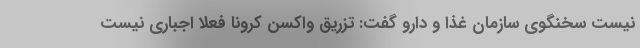
نیست سخنگوی سازمان غذا و دارو گفت: تزریق واکسن کرونا فعلا اجباری نیست